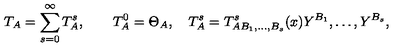
T _ { A } = \sum _ { s = 0 } ^ { \infty } T _ { A } ^ { s } , \qquad T _ { A } ^ { 0 } = \Theta _ { A } , \quad T _ { A } ^ { s } = T _ { A B _ { 1 } , \ldots , B _ { s } } ^ { s } ( x ) Y ^ { B _ { 1 } } , \ldots , Y ^ { B _ { s } } ,